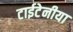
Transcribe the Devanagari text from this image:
टाईटेनीया